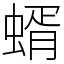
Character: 蝑